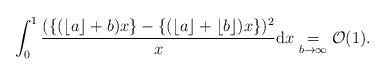
LaTeX: \begin{align*}\int_0^1 \frac{(\{ (\lfloor a \rfloor +b)x \} - \{ (\lfloor a \rfloor + \lfloor b \rfloor)x \})^2 }{x} \mathrm{d}x \underset{b\to \infty}{=} \mathcal{O}(1).\end{align*}